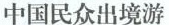
中国民众出境游